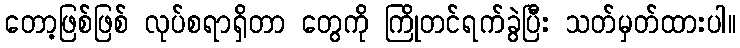
တော့ဖြစ်ဖြစ် လုပ်စရာရှိတာ တွေကို ကြိုတင်ရက်ခွဲပြီး သတ်မှတ်ထားပါ။